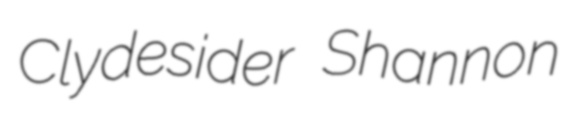
Clydesider Shannon